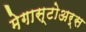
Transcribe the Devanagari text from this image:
मेगास्टोअर्स